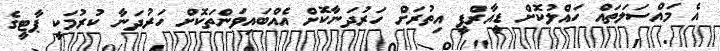
އެ މައްސަލަތައް ހައްލުކޮށް ޑީއާރްޕީ އިތުރަށް ހަރުދަނާކޮށް އެއްބައިވަންތަކޮށް ހަރުދަނާ ކުރުމަކީ ޕާޓީގެ